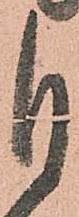
自